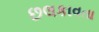
છલકાવતા